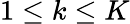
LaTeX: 1\leq k\leq K